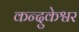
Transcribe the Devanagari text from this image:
कन्दुकेश्वर